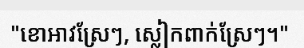
"ខោអាវស្រែៗ, ស្លៀកពាក់ស្រែៗ។"